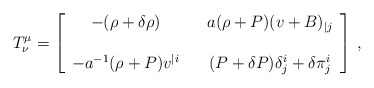
\begin{align*}T^\mu_\nu =\left[\begin{array}{ccc}-(\rho+\delta\rho) & & a(\rho+P) ( v +B )_{|j} \\ &&\\-a^{-1}(\rho+P)v^{|i} & & (P+\delta P)\delta^i_j + \delta\pi^i_j\end{array}\right] \,,\end{align*}